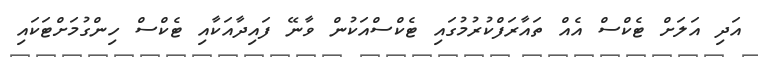
އަދި އަލަށް ޓެކްސް އެއް ތައާރަފްކުރުމުގައި ޓެކްސްއަކުން ވާނޭ ފައިދާއަކާއި ޓެކްސް ހިންގުމަށްޓަކައި